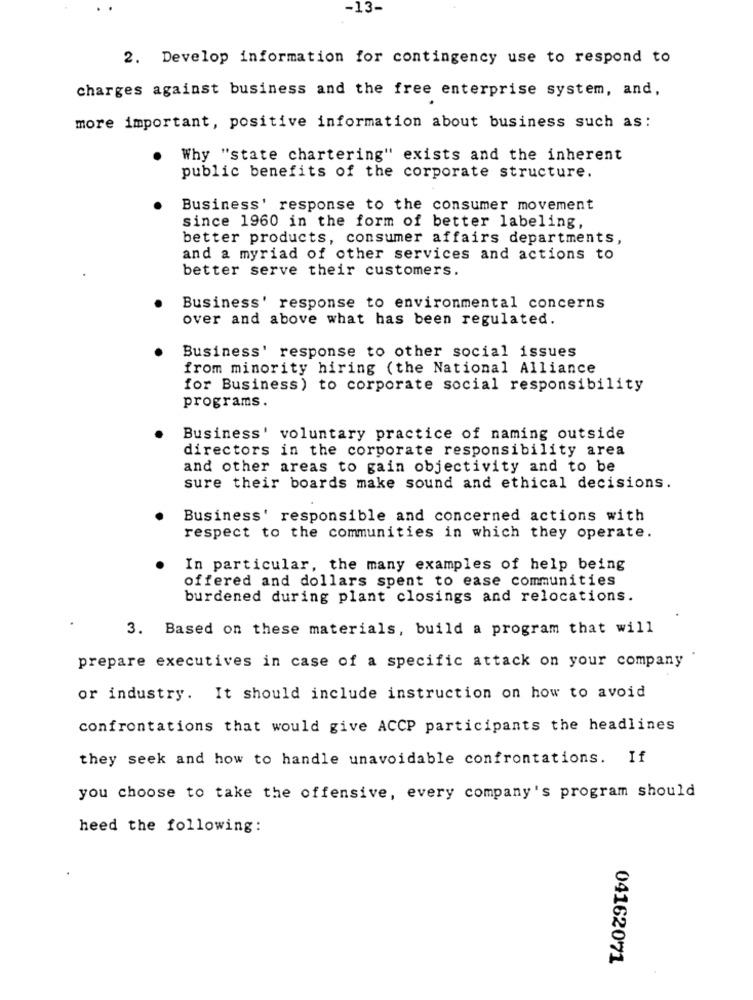
-13-
2. Develop information for contingency use to respond to
charges against business and the free enterprise system, and,
more important, positive information about business such as:
. Why "state chartering" exists and the inherent
public benefits of the corporate structure.
Business' response to the consumer movement
since 1960 in the form of better labeling,
better products, consumer affairs departments,
and a myriad of other services and actions to
better serve their customers.
Business' response to environmental concerns
over and above what has been regulated.
Business' response to other social issues
from minority hiring (the National Alliance
for Business) to corporate social responsibility
programs.
Business' voluntary practice of naming outside
directors in the corporate responsibility area
and other areas to gain objectivity and to be
sure their boards make sound and ethical decisions.
Business' responsible and concerned actions with
respect to the communities in which they operate.
In particular, the many examples of help being
offered and dollars spent to ease communities
burdened during plant closings and relocations.
3. Based on these materials, build a program that will
prepare executives in case of a specific attack on your company
or industry. It should include instruction on how to avoid
confrontations that would give ACCP participants the headlines
they seek and how to handle unavoidable confrontations. If
you choose to take the offensive, every company's program should
heed the following:
04162071